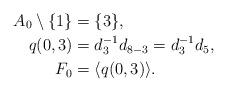
LaTeX: \begin{align*}A_0\setminus\{1\}&=\{3\},\\q(0,3)&=d_3^{-1}d_{8-3}=d_3^{-1}d_5,\\F_0&=\langle q(0,3)\rangle.\end{align*}